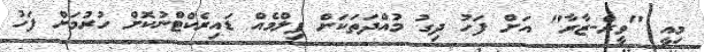
މިއީ "ވީރް-ޒާރާ" އަށް ފަހު ދިގު މުއްދަތަކަށް ފިލްމެއް ޑައިރެކްޓްނުކޮށް ހުރުމަށް ފަހު